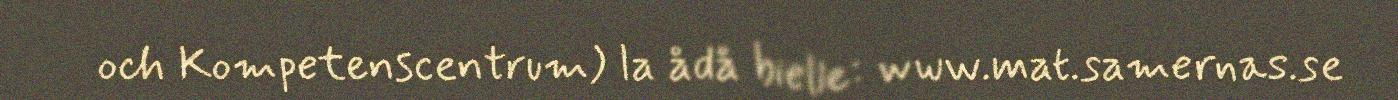
och Kompetenscentrum) la ådå bielle: www.mat.samernas.se